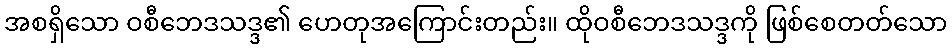
အစရှိသော ဝစီဘေဒသဒ္ဒ၏ ဟေတုအကြောင်းတည်း။ ထိုဝစီဘေဒသဒ္ဒကို ဖြစ်စေတတ်သော